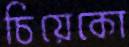
চিয়েকো